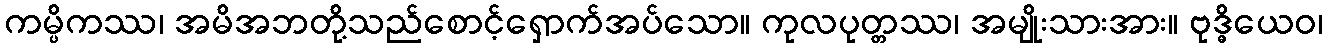
ကမ္ပိကဿ၊ အမိအဘတို့သည်စောင့်ရှောက်အပ်သော။ ကုလပုတ္တဿ၊ အမျိုးသားအား။ ဗုဒ္ဓိယေဝ၊